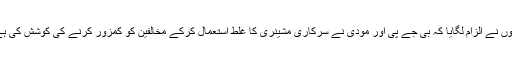
انہوں نے الزام لگایا کہ بی جے پی اور مودی نے سرکاری مشینری کا غلط استعمال کرکے مخالفین کو کمزور کرنے کی کوشش کی ہے۔